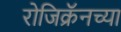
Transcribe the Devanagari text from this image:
रोजिक्रॅनच्या